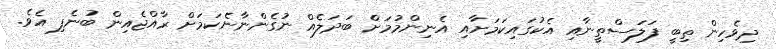
ދިވެހިން ތިބީ ފަލަސްތީނާއި އެކުގައިކަމަށާއި އެނިންމުމަށް ބަދަލެއް ނުގެންނާނެކަމަށް ރާއްޖެއިން ބުނެފި އެވެ.